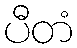
ပီတံ